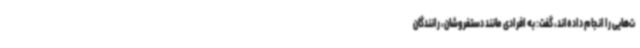
ت‌هایی را انجام داده‌اند، گفت: به افرادی مانند دستفروشان، رانندگان